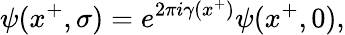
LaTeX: \psi(x^{+},\sigma)=e^{2\pi i\gamma(x^{+})}\psi(x^{+},0),